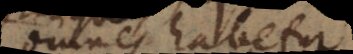
omnes habetur